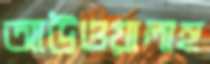
আউওয়ালাহু